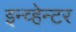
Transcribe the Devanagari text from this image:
इन्व्हेन्टर